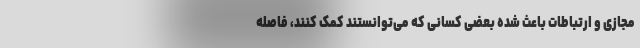
مجازی و ارتباطات باعث شده بعضی کسانی که می‌توانستند کمک کنند، فاصله